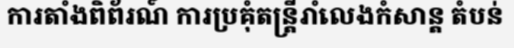
ការតាំងពិព័រណ៍ ការប្រគុំតន្ត្រីរាំលេងកំសាន្ត តំបន់